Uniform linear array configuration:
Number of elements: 32
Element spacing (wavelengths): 0.5
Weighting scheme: hann
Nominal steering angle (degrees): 60
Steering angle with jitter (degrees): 58.823
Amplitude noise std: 0.05
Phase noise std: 0.05

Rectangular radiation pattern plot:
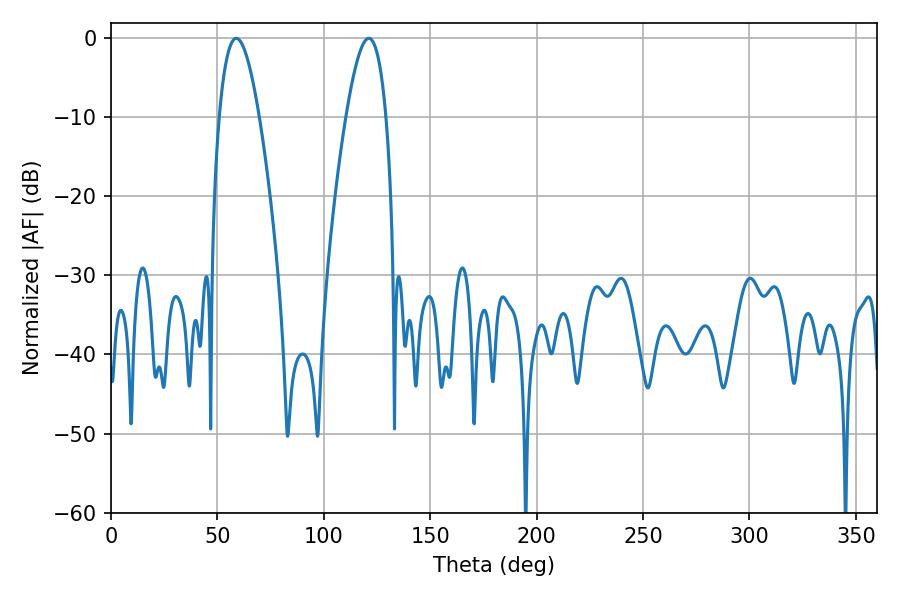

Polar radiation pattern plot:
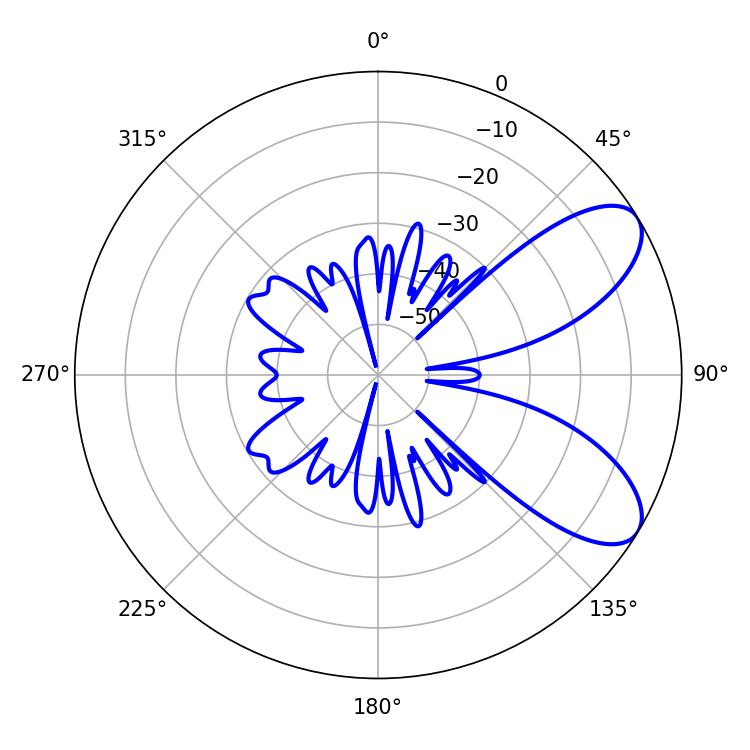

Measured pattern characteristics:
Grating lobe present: FALSE
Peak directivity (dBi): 7.793
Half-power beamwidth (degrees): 10.26
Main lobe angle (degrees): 58.86